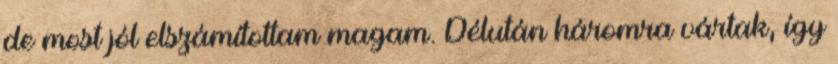
de most jól elszámítottam magam. Délután háromra vártak, így